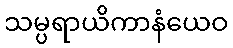
သမ္ပရာယိကာနံယေဝ